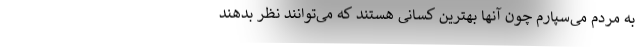
به مردم می‌سپارم چون آنها بهترین کسانی هستند که می‌توانند نظر بدهند